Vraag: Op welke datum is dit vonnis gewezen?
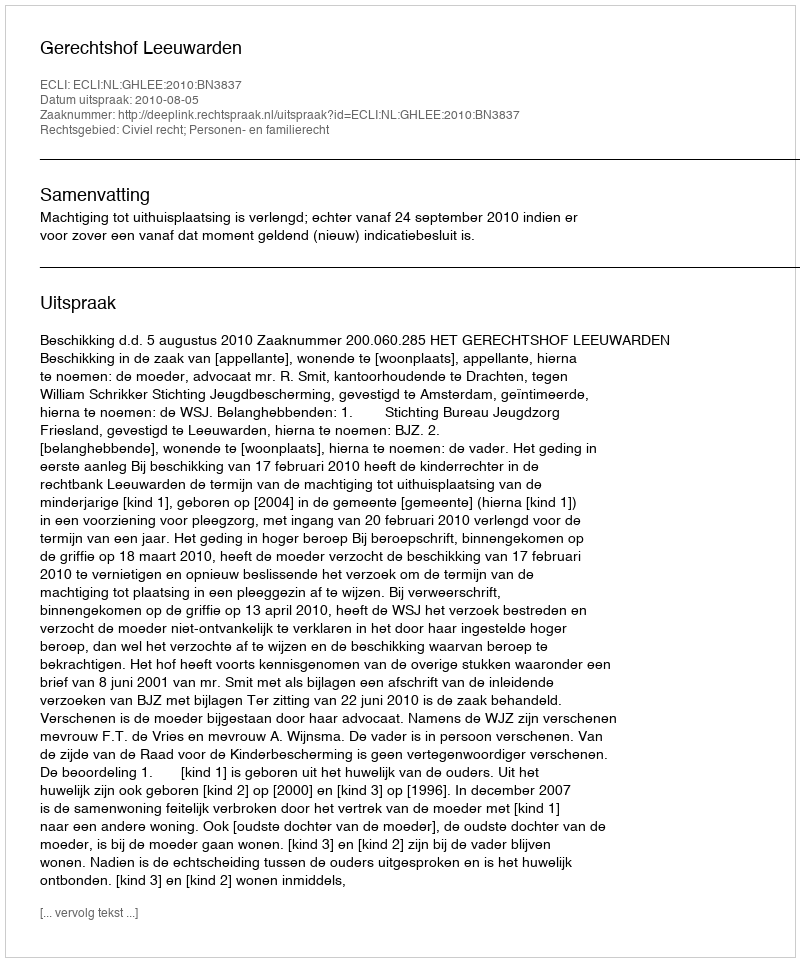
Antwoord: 2010-08-05